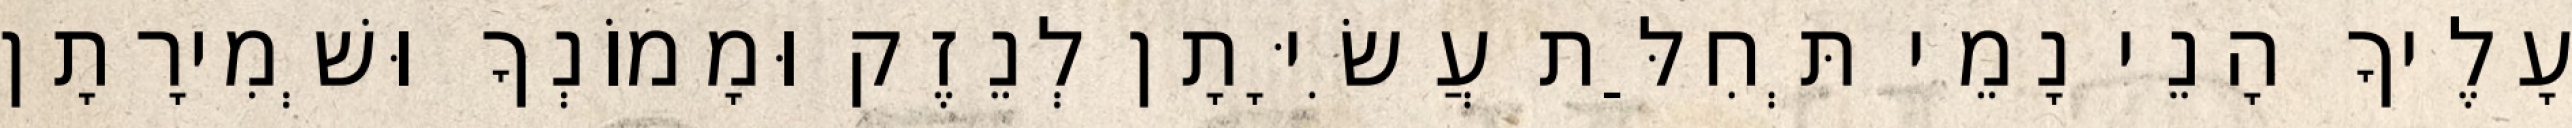
עָלֶיךָ הָנֵי נָמֵי תְּחִלַּת עֲשִׂיָּתָן לְנֵזֶק וּמָמוֹנְךָ וּשְׁמִירָתָן